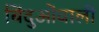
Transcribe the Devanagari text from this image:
बिंदुओंवाली